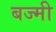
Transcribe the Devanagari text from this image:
बज्मी